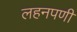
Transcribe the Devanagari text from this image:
लहनपणी